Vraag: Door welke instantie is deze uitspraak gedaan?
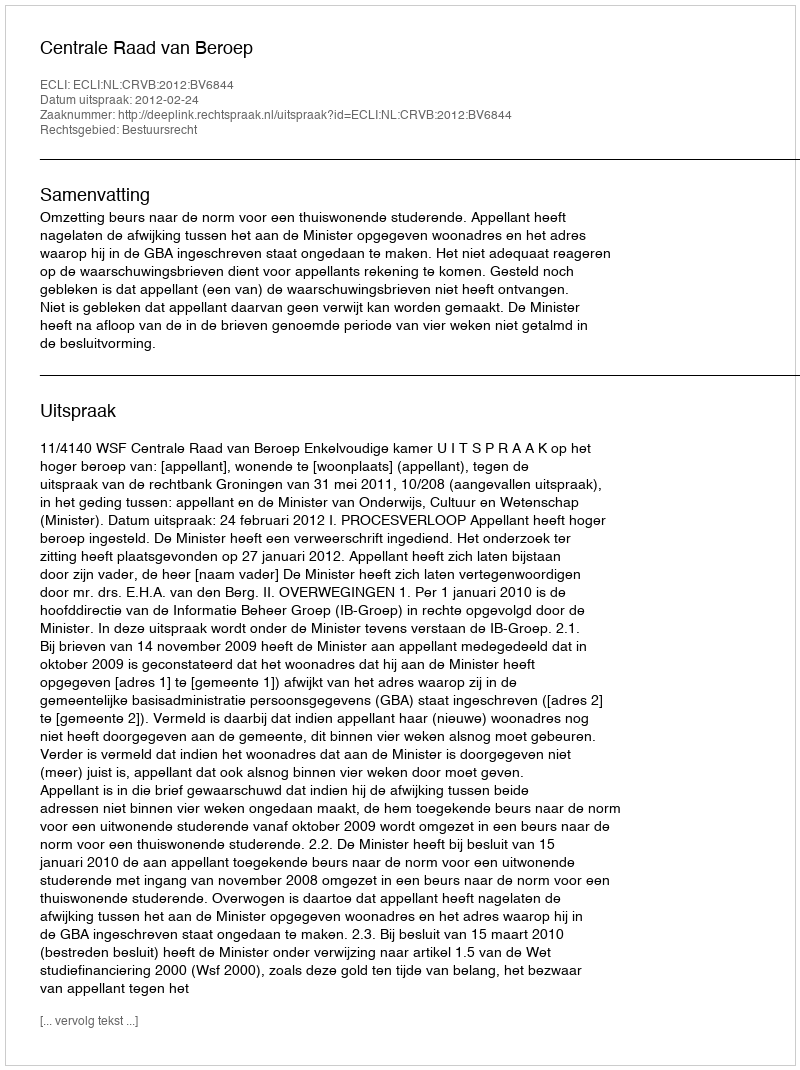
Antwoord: Centrale Raad van Beroep